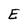
Character: E